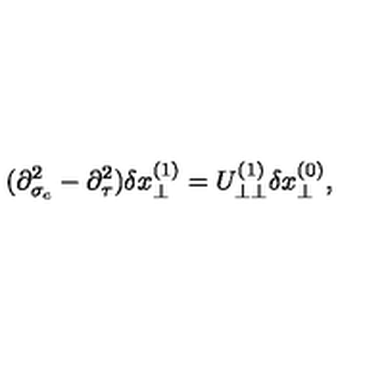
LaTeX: ( \partial _ { \sigma _ { c } } ^ { 2 } - \partial _ { \tau } ^ { 2 } ) \delta x _ { \perp } ^ { ( 1 ) } = U _ { \perp \perp } ^ { ( 1 ) } \delta x _ { \perp } ^ { ( 0 ) } ,